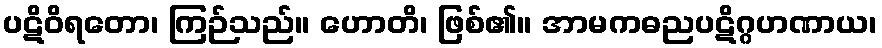
ပဋိဝိရတော၊ ကြဉ်သည်။ ဟောတိ၊ ဖြစ်၏။ အာမကဓညပဋိဂ္ဂဟဏာယ၊